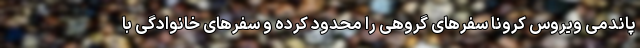
پاندمی ویروس کرونا سفرهای گروهی را محدود کرده و سفرهای خانوادگی با